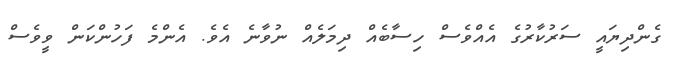
ގެންދިޔައީ ސަރުކާރުގެ އެއްވެސް ހިސާބެއް ދިމަލެއް ނުވާނެ އެވެ. އެންމެ ފަހުންކަން ވީވެސް